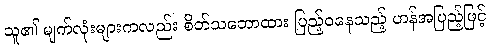
သူ၏ မျက်လုံးများကလည်း စိတ်သဘောထား ပြည့်ဝနေသည့် ဟန်အပြည့်ဖြင့်